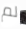
لم